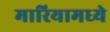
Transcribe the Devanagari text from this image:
मारियामध्ये